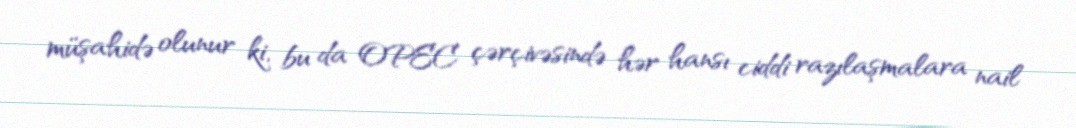
müşahidə olunur ki, bu da OPEC çərçivəsində hər hansı ciddi razılaşmalara nail